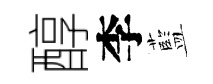
醇李藍